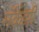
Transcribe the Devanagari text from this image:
मॅकेंझी